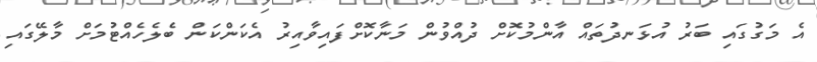
އެ މަގުގައި ބަރު އުޅަނދުތައް އާންމުކޮށް ދުއްވުން މަނާކޮށްފައިވާއިރު އެކަންކަން ބެލެހެއްޓުމަށް މާލޭގައި